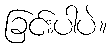
ခြင်းပါပဲ။